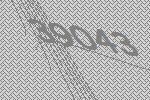
39043